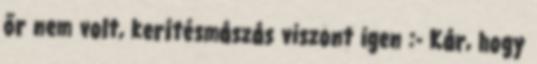
őr nem volt, kerítésmászás viszont igen :- Kár, hogy